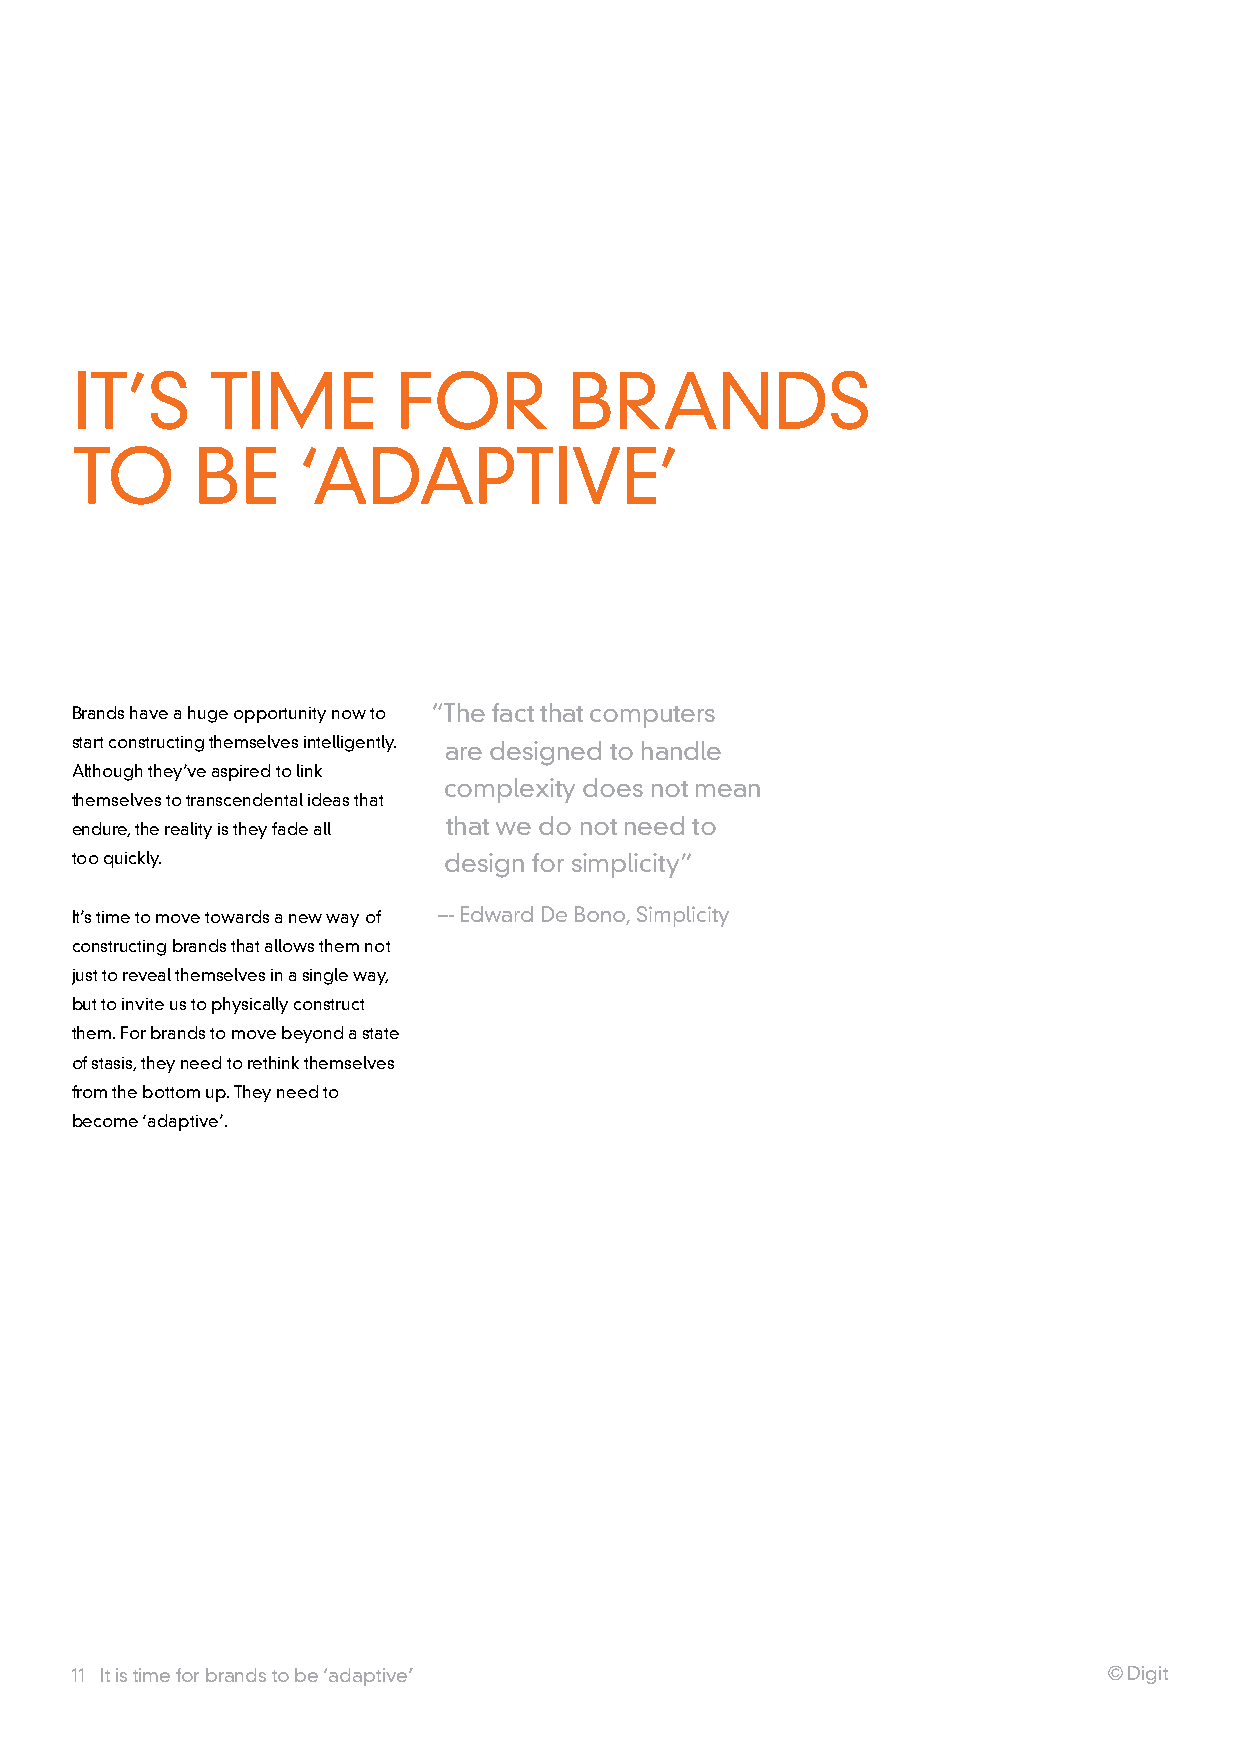
IT’S     TIME        FOr         BranDS
 TO      BE     ‘aDapTIVE’
 Brands have a huge opportunity now to “The fact that computers
 start constructing themselves intelligently. are designed to handle
 although they’ve aspired to link
 complexity does not mean
 themselves to transcendental ideas that
 that we do not need to
 endure, the reality is they fade all
 too quickly.            design for simplicity”
 It’s time to move towards a new way of –- Edward De Bono, Simplicity
 constructing brands that allows them not
 just to reveal themselves in a single way,
 but to invite us to physically construct
 them. For brands to move beyond a state
 of stasis, they need to rethink themselves
 from the bottom up. They need to
 become ‘adaptive’.
 11 It is time for brands to be ‘adaptive’                           © Digit